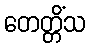
တေတ္တိံသ